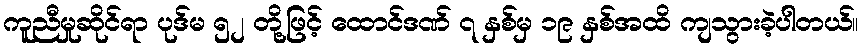
ကူညီမှုဆိုင်ရာ ပုဒ်မ ၅၂ တို့ဖြင့် ထောင်ဒဏ် ၇ နှစ်မှ ၁၉ နှစ်အထိ ကျသွားခဲ့ပါတယ်။